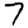
Digit: 7